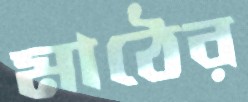
মাঠের